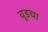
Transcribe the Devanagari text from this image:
वूडचा